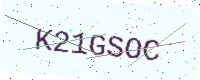
Text: K21GSOC